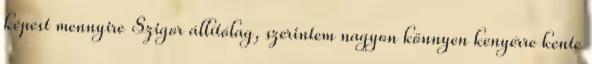
képest mennyire Szigor állítólag, szerintem nagyon könnyen kenyérre kente